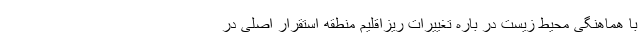
با هماهنگی محیط زیست در باره تغییرات ریزاقلیم منطقه استقرار اصلی در